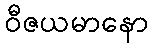
ဝီဇယမာနော